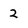
Character: 2